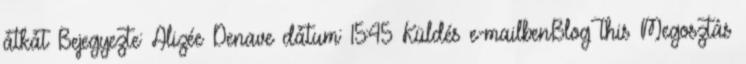
átkát Bejegyezte: Alizée Denave dátum: 15:45 Küldés e-mailbenBlogThis Megosztás